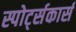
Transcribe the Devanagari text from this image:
स्पोर्ट्सकार्स